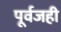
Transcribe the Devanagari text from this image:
पूर्वजही